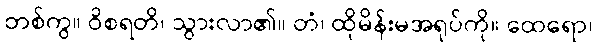
တစ်ကွ။ ဝိစရတိ၊ သွားလာ၏။ တံ၊ ထိုမိန်းမအရုပ်ကို။ ထေရော၊